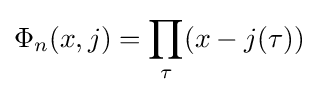
\Phi _{n}(x,j)=\prod _{\tau }(x-j(\tau ))